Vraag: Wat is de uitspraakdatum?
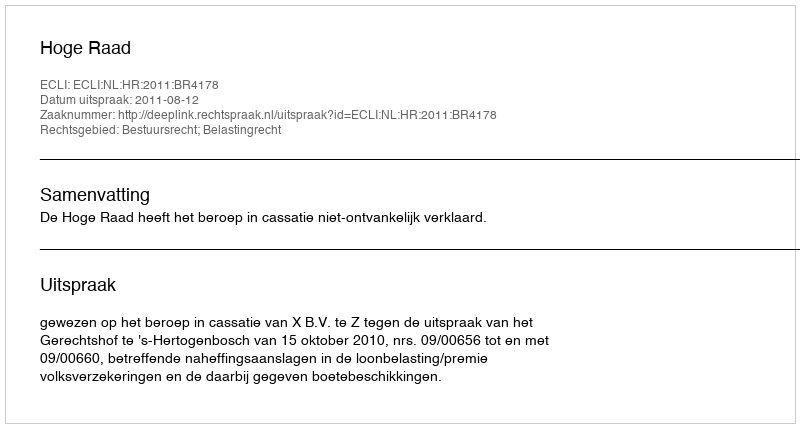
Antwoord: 2011-08-12